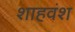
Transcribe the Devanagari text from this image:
शाहवंश